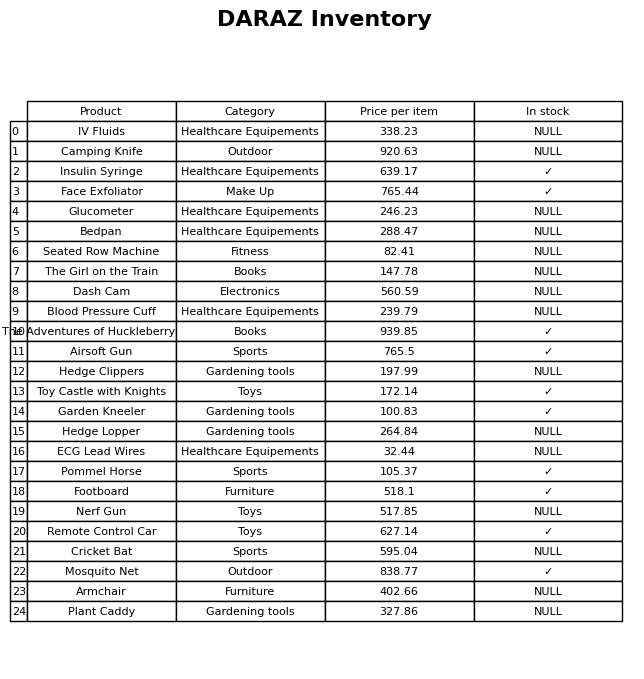
question: What is the price for Hedge Lopper?
answer: The price of Hedge Lopper is 264.84.